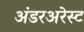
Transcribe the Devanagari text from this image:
अंडरअरेस्ट